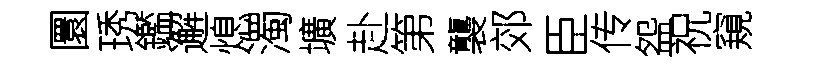
圜琇鑑邂熄濁壙赴第襲郊臣传盌祝窺